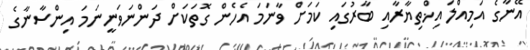
އޭނާގެ އަމިއްލަ އިޚްތިޔާރާއި ބާރުގައި ކަމަށް ވާނަމަ އެހެން ގޮތަކަށް ދަންނަވަނީނަމަ އިންސާނާގެ